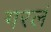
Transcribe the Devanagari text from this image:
गरलं